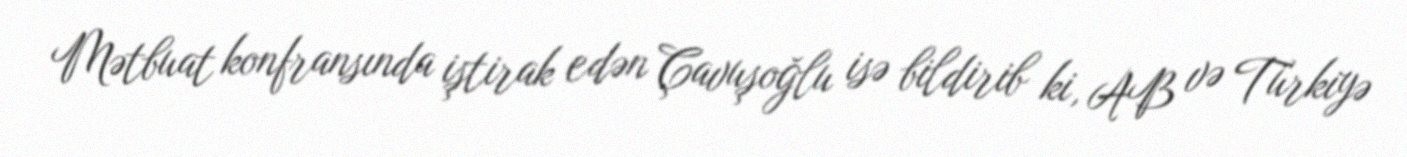
Mətbuat konfransında iştirak edən Çavuşoğlu isə bildirib ki, AB və Türkiyə